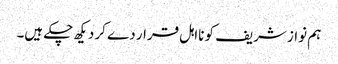
ہم نواز شریف کو نااہل قرار دے کر دیکھ چکے ہیں۔